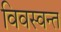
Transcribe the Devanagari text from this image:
विवस्वन्त